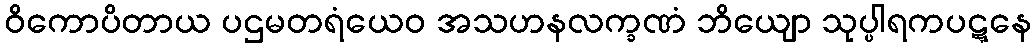
ဝိကောပိတာယ ပဌမတရံယေဝ အသဟနလက္ခဏံ ဘိယျော သုပ္ပါရကပဋ္ဋနေ